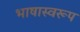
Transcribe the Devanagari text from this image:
भाषास्वरूप